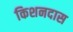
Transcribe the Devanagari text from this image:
किशनदास